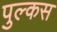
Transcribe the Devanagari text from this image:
पुल्कस